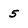
Character: 5